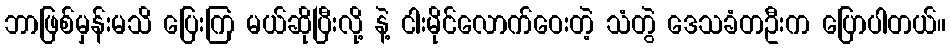
ဘာဖြစ်မှန်းမသိ ပြေးကြ မယ်ဆိုပြီးလို့ နဲ့ ငါးမိုင်လောက်ဝေးတဲ့ သံတွဲ ဒေသခံတဦးက ပြောပါတယ်။